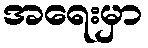
အရေးမှာ